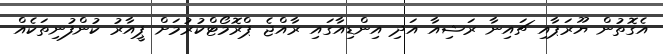
އެގޮތުން ޔޫރަޕާއި ޗައިނާ ރަޝިއާ އަދި އިންޑިއާގައި ރާއްޖެ ޕްރޮމޯޓްކުރުމަށް ޕީއާރު ކުންފުނިތަކެއް